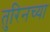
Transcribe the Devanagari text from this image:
तुरिनच्या